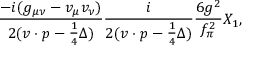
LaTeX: \frac { - i ( g _ { \mu \nu } - v _ { \mu } v _ { \nu } ) } { 2 ( v \cdot p - \frac { 1 } { 4 } \Delta ) } \frac { i } { 2 ( v \cdot p - \frac { 1 } { 4 } \Delta ) } \frac { 6 g ^ { 2 } } { f _ { \pi } ^ { 2 } } X _ { 1 } ,